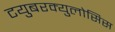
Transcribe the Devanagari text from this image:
टयुबरक्युलोसिस